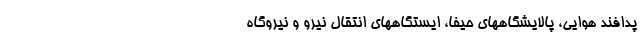
پدافند هوایی، پالایشگاههای حیفا، ایستگاههای انتقال نیرو و نیروگاه